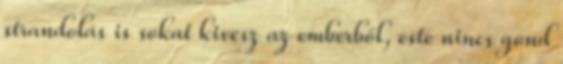
strandolás is sokat kivesz az emberből, este nincs gond